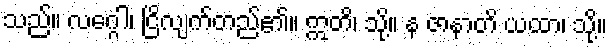
သည်။ လဂ္ဂေါ၊ ငြိလျက်တည်၏။ ဣတိ၊ သို့။ န ဇာနာတိ ယထာ၊ သို့။